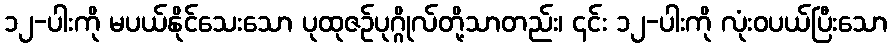
၁၂-ပါးကို မပယ်နိုင်သေးသော ပုထုဇဉ်ပုဂ္ဂိုလ်တို့သာတည်း၊ ၎င်း ၁၂-ပါးကို လုံးဝပယ်ပြီးသော